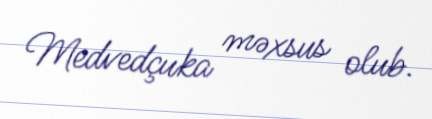
Medvedçuka məxsus olub.